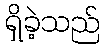
ရှိခဲ့သည်